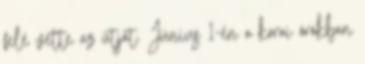
felé vette az útját. Június 1-én a korai órákban